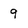
Character: 9